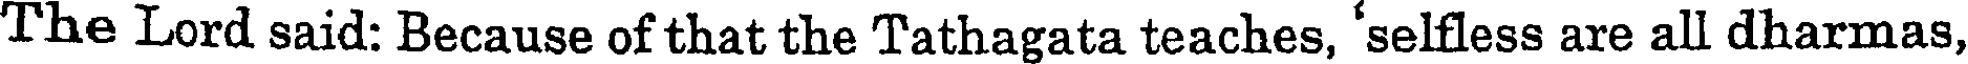
The Lord said: Because of that the Tathagata teaches, 'selfless are all dharmas,